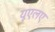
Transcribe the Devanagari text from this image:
यूएलए